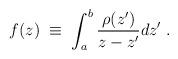
LaTeX: \begin{align*}f(z)\;\equiv\; \int_a^b {\rho(z^\prime)\over z-z^\prime} d z^\prime\;.\end{align*}